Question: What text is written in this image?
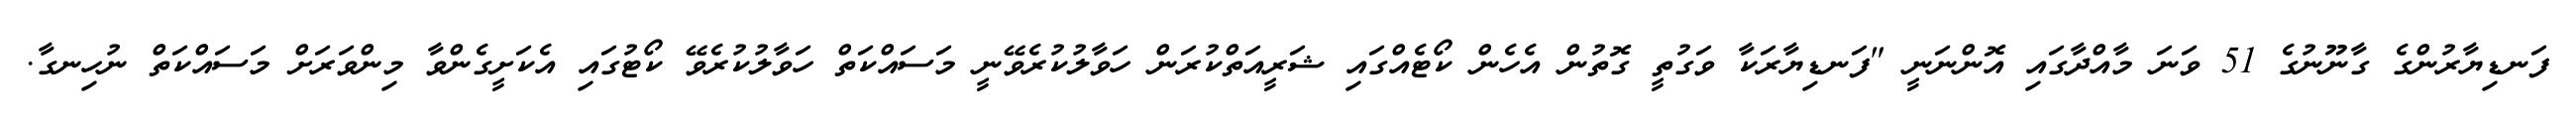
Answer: ފަނޑިޔާރުންގެ ގާނޫނުގެ 51 ވަނަ މާއްދާގައި އޮންނަނީ "ފަނޑިޔާރަކާ ވަގުތީ ގޮތުން އެހެން ކޯޓެއްގައި ޝަރީއަތްކުރަން ހަވާލުކުރެވޭނީ މަސައްކަތް ހަވާލުކުރެވޭ ކޯޓުގައި އެކަށީގެންވާ މިންވަރަށް މަސައްކަތް ނުހިނގާ.